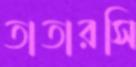
তাতারসি